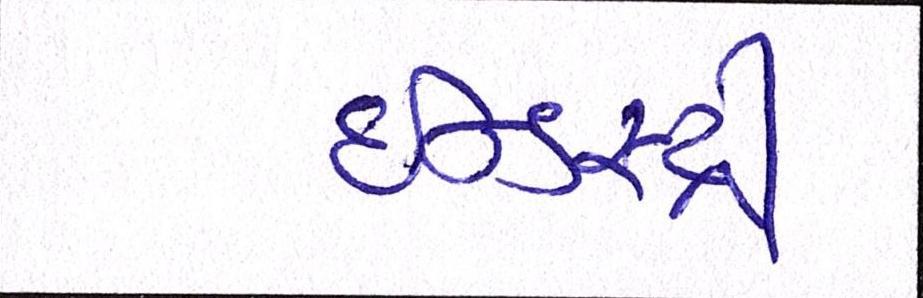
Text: ઈન્ડસ્ટ્રી